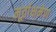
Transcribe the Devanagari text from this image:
मूर्ताक्षमेण